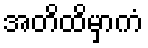
အတိထိမှာကံ